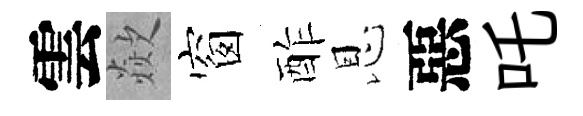
雲歘窗酢恩惡吒